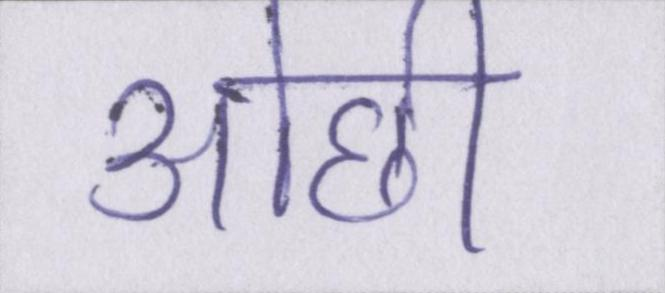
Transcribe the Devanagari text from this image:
ओछी